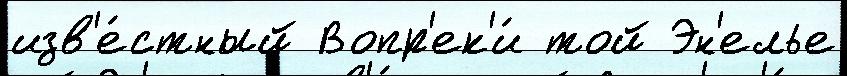
изв'е́стный Вопр'ек'и́ той Эн'елье